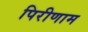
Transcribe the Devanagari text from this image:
पिरीणाम